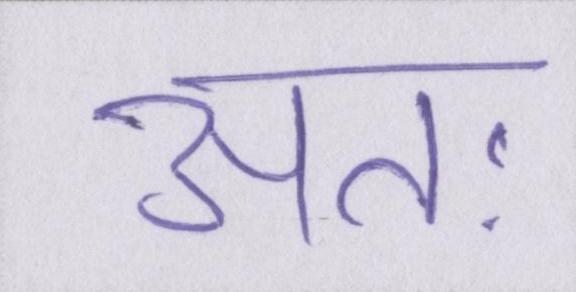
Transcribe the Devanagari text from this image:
अतः